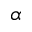
\alpha